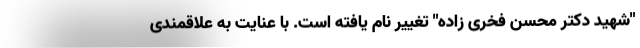
"شهید دکتر محسن فخری زاده" تغییر نام یافته است. با عنایت به علاقمندی